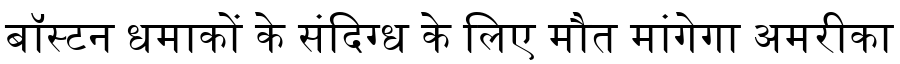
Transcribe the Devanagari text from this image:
बॉस्टन धमाकों के संदिग्ध के लिए मौत मांगेगा अमरीका